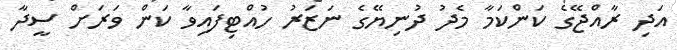
އަދި ރާއްޖޭގެ ކަންކަމާ މެދު ދުނިޔޭގެ ނަޒަރު ހުއްޓިފައިވާ ކަން ވަރަށް ސީދާ